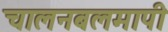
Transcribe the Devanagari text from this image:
चालनबलमापी